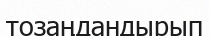
тозаңдандырып